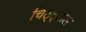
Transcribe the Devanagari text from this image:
चिठ्ठ्तील